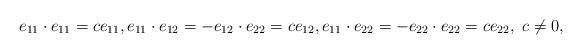
LaTeX: \begin{align*} e_{11}\cdot e_{11}=ce_{11}, e_{11}\cdot e_{12}=-e_{12}\cdot e_{22}=ce_{12}, e_{11}\cdot e_{22}=-e_{22}\cdot e_{22}=ce_{22},\ c\ne 0,\end{align*}